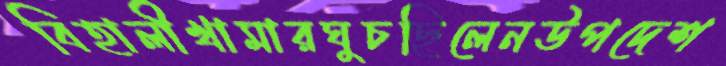
বিহালীখামারঘুচছিলেনউপদেশ